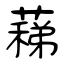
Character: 蕛